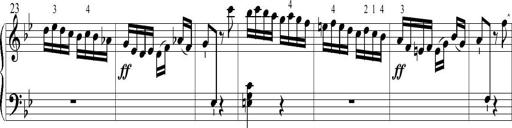
Title: 6 Leichte Sonatinen, Teil 1
Composer: F. Sigismund Sander